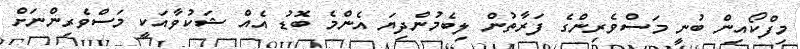
މިފްކޯއިން ބުނީ މަސްވެރިންގެ ފަރާތުން ލިބެމުންދިޔަ އެންމެ ބޮޑު އެއް ޝަކުވާއަކީ މަސްވެރިންނަށް